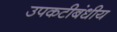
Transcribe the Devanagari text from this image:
उपकटीबंधीय